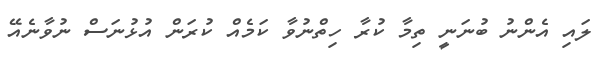
ލައި އެންނު ބުނަނީ ތިމާ ކުރާ ހިތްނުވާ ކަމެއް ކުރަން އުޅުނަސް ނުވާނެއޭ